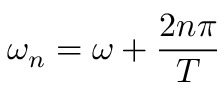
\omega _ { n } = \omega + \frac { 2 n \pi } { T }